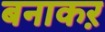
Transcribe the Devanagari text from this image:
बनाकऱ